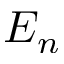
E _ { n }